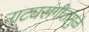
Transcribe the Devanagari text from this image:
नाट्यसंगीतामुळे